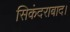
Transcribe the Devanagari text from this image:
सिकंदराबाद।